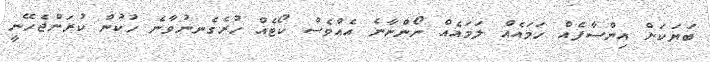
ބަޔަކަށް އިންސާފެއް ހަމައެއް ލަމައެއް ނޯންނާނެ އެއްވެސް ކޯޓެއް ހުރެގެނނުވާނެ ހުކުން ކުރަންޖެހޭނީ